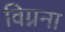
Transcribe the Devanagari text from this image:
विग्नना